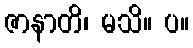
ဇာနာတိ၊ မသိ။ ပ။